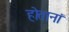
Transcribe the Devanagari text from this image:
होतानां